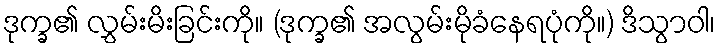
ဒုက္ခ၏ လွှမ်းမိးခြင်းကို။ (ဒုက္ခ၏ အလွမ်းမိုခံနေရပုံကို။) ဒိသွာဝါ၊